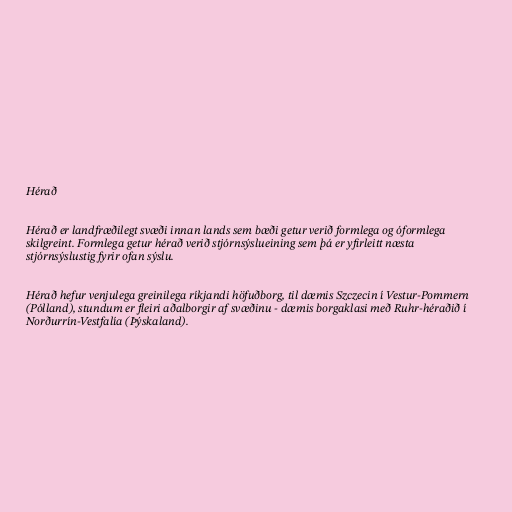
Hérað

Hérað er landfræðilegt svæði innan lands sem bæði getur verið formlega og óformlega
skilgreint. Formlega getur hérað verið stjórnsýslueining sem þá er yfirleitt næsta
stjórnsýslustig fyrir ofan sýslu.

Hérað hefur venjulega greinilega ríkjandi höfuðborg, til dæmis Szczecin í Vestur-Pommern
(Pólland), stundum er fleiri aðalborgir af svæðinu - dæmis borgaklasi með Ruhr-héraðið í
Norðurrín-Vestfalía (Þýskaland).